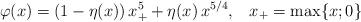
LaTeX: \begin{align*}\varphi(x)= (1-\eta(x))\,x_{+}^5+\eta(x)\,x^{5/4},\;\;\;x_{+}=\max\{x;0\}\end{align*}